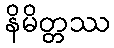
နိမိတ္တဿ